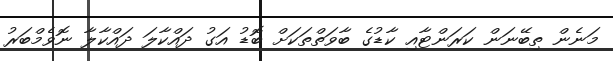
މަނެން ތިބޭނަން ކަރަންޓާއި ކާޑުގެ ބާވަތްތަކަށް ބޮޑު އަގު ދައްކާލަ ދައްކާލާ ނޮވެމްބަރު